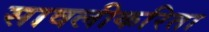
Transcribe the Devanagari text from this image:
सावलीकरिता